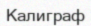
Калиграф